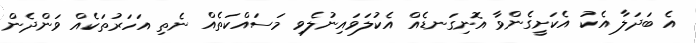
އެ ބަދަލާ އެކު އެކަށީގެންވާ އޮނިގަނޑެއް އެކުލަވައިނުލެވި މަސައްކަތެއް ނެތި އަހަރުތަކެއް ވަންދެން